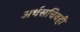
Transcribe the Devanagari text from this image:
अर्थसचिवही